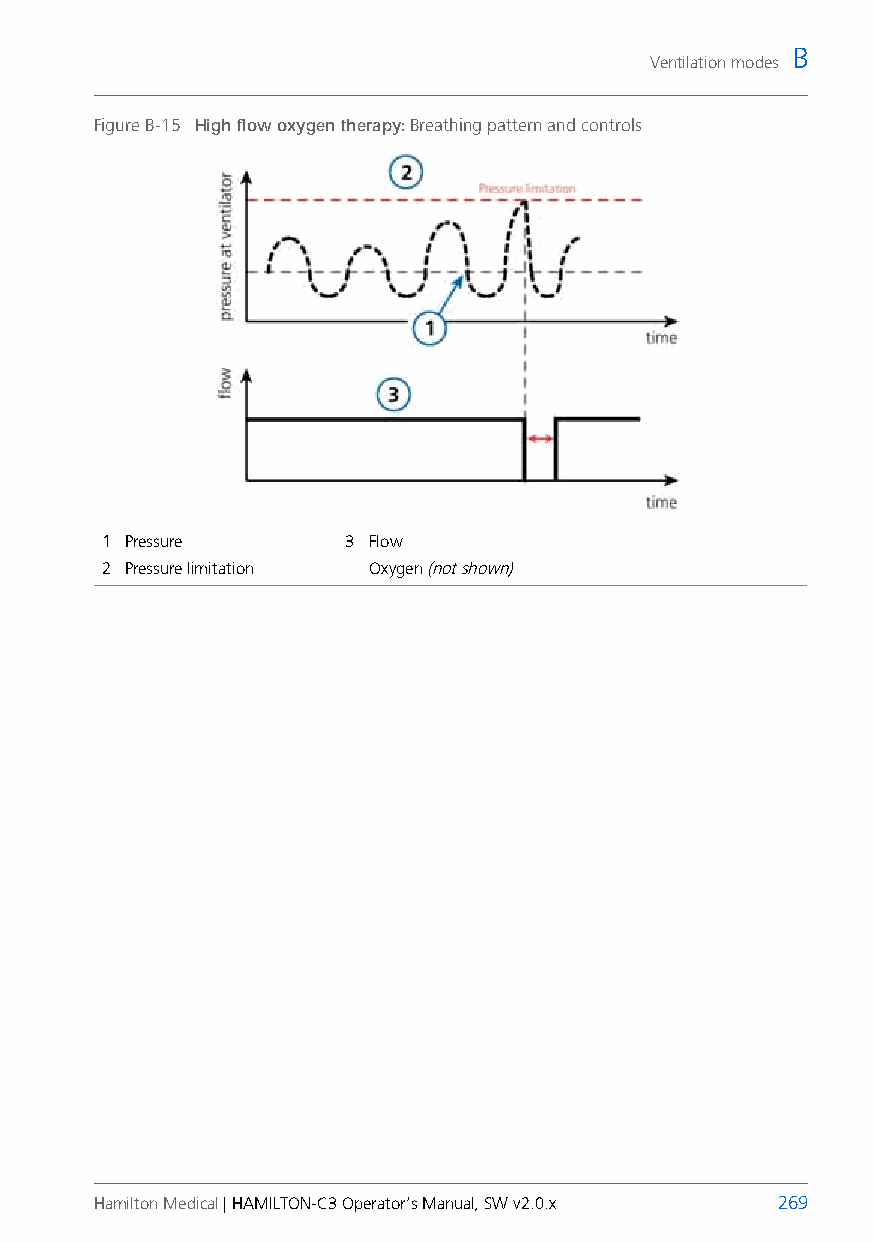
B
 Ventilation modes
 Figure B-15 High flow oxygen therapy: Breathing pattern and controls
 1 Pressure      3 Flow
 2 Pressure limitation Oxygen (not shown)
 Hamilton Medical | HAMILTON-C3 Operator’s Manual, SW v2.0.x 269